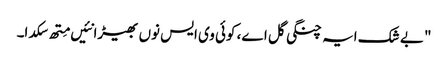
" بے شک ایہ چنگی گل اے، کوئی وی ایس نوں بھیڑا نئیں مِتھ سکدا۔